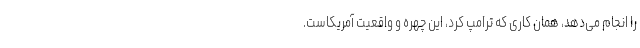
را انجام می‌دهد، همان کاری که ترامپ کرد، این چهره و واقعیت آمریکاست.